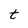
Character: t